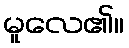
မူလေ၏။